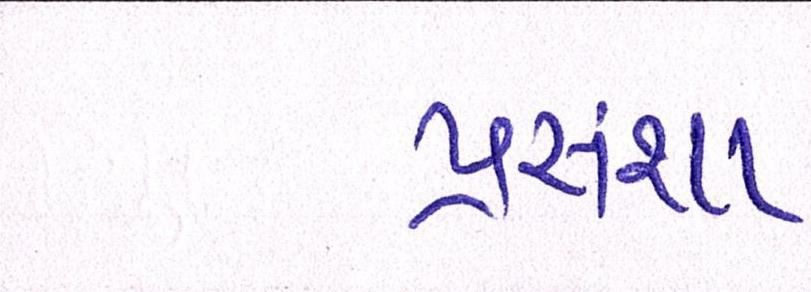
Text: પ્રસંશા